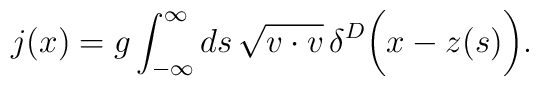
j(x)=g\int^{\infty}_{-\infty} ds\,\sqrt{v\cdot v}\,\delta ^{D}\biggl (x-z(s)\biggr).